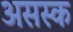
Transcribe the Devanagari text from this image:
असस्क